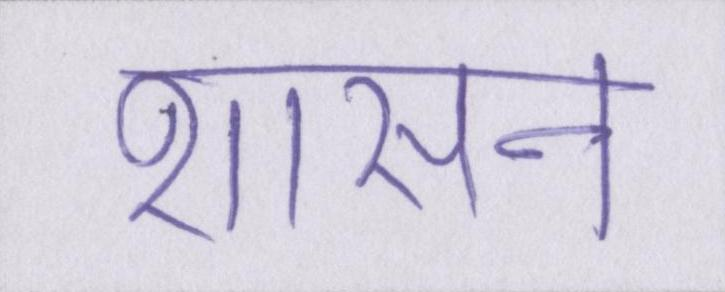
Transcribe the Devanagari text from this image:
शासन